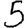
Digit: 5